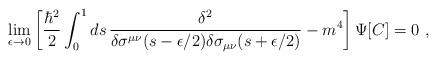
LaTeX: \begin{align*}\lim_{\epsilon\rightarrow 0}\left[{\hbar^2\over 2}\int_0^1 ds\, {\delta^2\over \delta\sigma^{\mu\nu}(s-\epsilon/2)\delta\sigma_{\mu\nu}(s+\epsilon/2)}-m^4\right]\Psi[C]=0\ ,\end{align*}